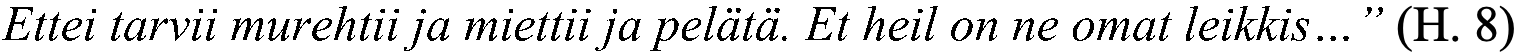
Ettei tarvii murehtii ja miettii ja pelätä. Et heil on ne omat leikkis…” (H. 8)